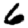
Digit: 6